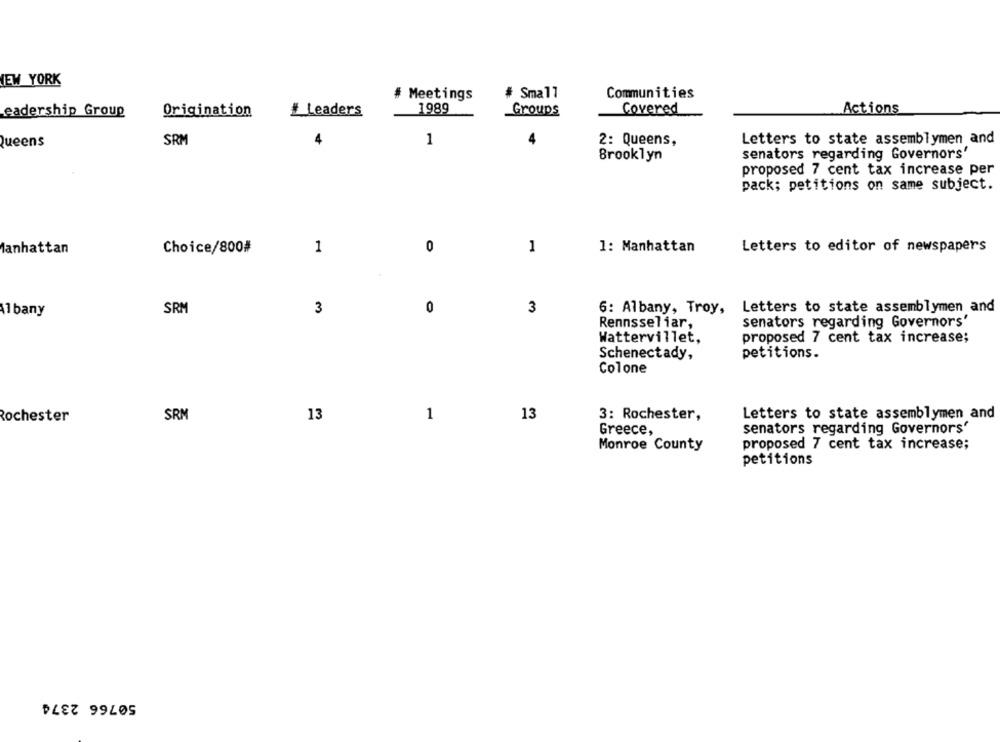
EW YORK
# Meetings
# Small
Communities
1989
Groups
Covered
Actions
eadership Group
Origination
# Leaders
SRM
4
1
2: Queens,
Letters to state assemblymen and
Queens
senators regarding Governors'
Brooklyn
proposed 7 cent tax increase per
pack; petitions on same subject.
Manhattan
Choice/800#
1
0
1
1: Manhattan
Letters to editor of newspapers
Albany
SRM
3
0
3
6: Albany, Troy,
Letters to state assemblymen and
Rennsseliar,
senators regarding Governors'
Wattervillet,
proposed 7 cent tax increase;
Schenectady,
petitions.
Colone
13
1
13
Letters to state assemblymen and
Rochester
SRM
3: Rochester,
senators regarding Governors'
Greece,
Monroe County
proposed 7 cent tax increase;
petitions
50766 2374